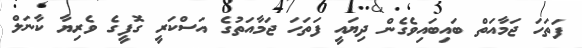
ފަތަހަ ޖަމާއަތް ބައިބައިވެގެން ދިޔައީ ފަތަހަ ޖަމާއަތުގެ އަސްކަރީ ގޮފީގެ ވެރިޔާ ކާނަލް